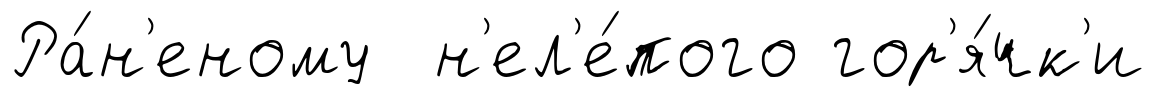
Ра́н'еному н'ел'е́пого гор'я́чк'и